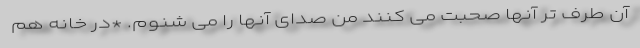
آن طرف تر آنها صحبت می کنند من صدای آنها را می شنوم. *در خانه هم